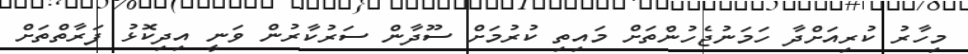
މިހާރު ކުރިއަށްދާ ހަމަނުޖެހުންތަށް މައިތި ކުރުމަށް ސޫދާން ސަރުކާރުން ވަނީ އިދިކޮޅު ފަރާތްތަށް